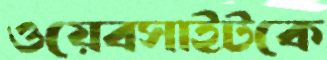
ওয়েবসাইটকে